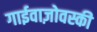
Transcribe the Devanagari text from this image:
गाईवाज़ोवस्की